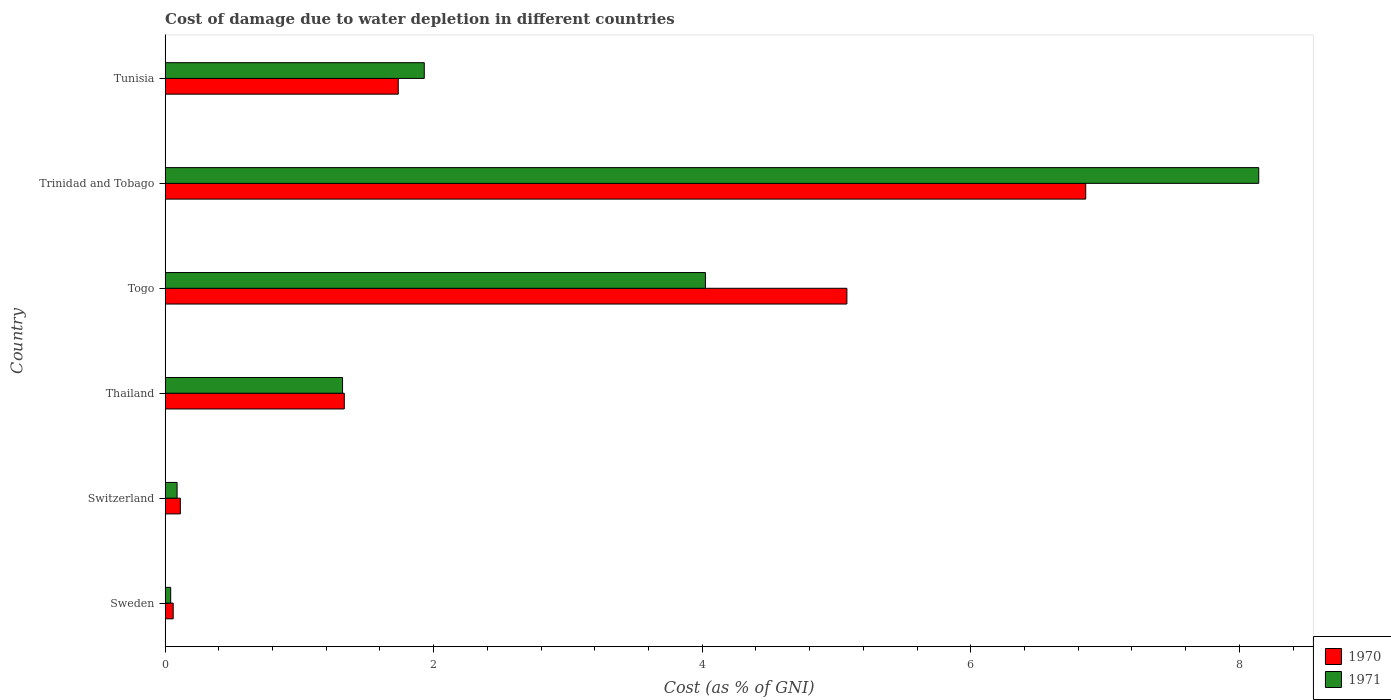
| Country | 1970 | 1971 |
 | --- | --- | --- |
 | Sweden | 0.0603 | 0.0417 |
 | Switzerland | 0.114 | 0.0892 |
 | Thailand | 1.33 | 1.32 |
 | Togo | 5.08 | 4.02 |
 | Trinidad and Tobago | 6.86 | 8.14 |
 | Tunisia | 1.74 | 1.93 |